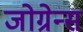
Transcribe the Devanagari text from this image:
जोग्रेन्स